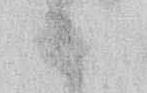
ハ